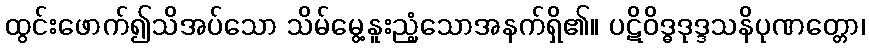
ထွင်းဖောက်၍သိအပ်သော သိမ်မွေ့နူးညံ့သောအနက်ရှိ၏။ ပဋိဝိဒ္ဓဒုဒ္ဒသနိပုဏတ္တော၊